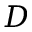
D